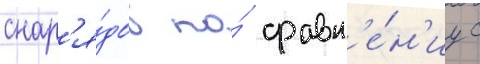
снар'я́дов по́ сравн'е́н'иу с